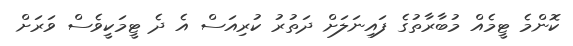
ކޮންމެ ޓީމެއް މުބާރާތުގެ ފައިނަލަށް ދަތުރު ކުރިއަސް އެ ދެ ޓީމަކީވެސް ވަރަށް